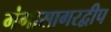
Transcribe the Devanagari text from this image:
गंगासागरद्वीप